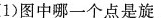
(1)图中哪一个点是旋